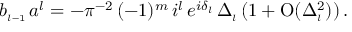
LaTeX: b _ { \scriptscriptstyle { l - 1 } } \, a ^ { l } = - \pi ^ { - 2 } \, ( - 1 ) ^ { m } \, i ^ { l } \, e ^ { i \delta _ { \scriptscriptstyle { l } } } \, \Delta _ { \scriptscriptstyle { l } } \, ( 1 + \mathrm { O } ( \Delta _ { \scriptscriptstyle { l } } ^ { 2 } ) ) \, .